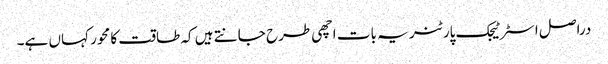
دراصل اسٹرٹیجک پارٹنر یہ بات اچھی طرح جانتے ہیں کہ طاقت کا محور کہاں ہے۔